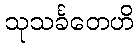
သုသင်္ခတေဟိ